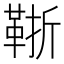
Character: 䩢